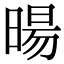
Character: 暘